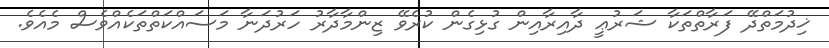
ޚިދުމަތްދޭ ފަރާތްތަކާ ޝަރުޢީ ދާއިރާއިން ގުޅިގެން ކުރެވޭ ޒިންމާދާރު ހަރުދަނާ މަސައްކަތްތަކެއްވެސް މެއެވެ.